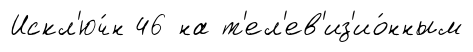
Искл'юч́н 46 на т'ел'ев'из'ио́нным